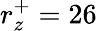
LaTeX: r_{z}^{+}=26